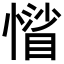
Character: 𢡾